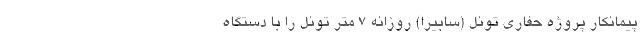
پیمانکار پروژه حفاری تونل (سابیرا) روزانه ۷ متر تونل را با دستگاه